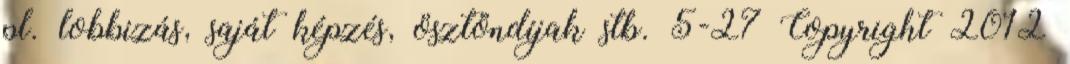
pl. lobbizás, saját képzés, ösztöndíjak stb. 5-27 Copyright 2012